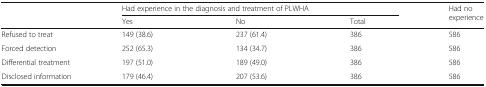
<table><thead><tr><td rowspan="2"></td><td colspan="3"><b>Had experience in the diagnosis and treatment of PLWHA</b></td><td rowspan="2"><b>Had no experience</b></td></tr><tr><td><b>Yes</b></td><td><b>No</b></td><td><b>Total</b></td></tr></thead><tbody><tr><td>Refused to treat</td><td>149 (38.6)</td><td>237 (61.4)</td><td>386</td><td>586</td></tr><tr><td>Forced detection</td><td>252 (65.3)</td><td>134 (34.7)</td><td>386</td><td>586</td></tr><tr><td>Differential treatment</td><td>197 (51.0)</td><td>189 (49.0)</td><td>386</td><td>586</td></tr><tr><td>Disclosed information</td><td>179 (46.4)</td><td>207 (53.6)</td><td>386</td><td>586</td></tr></tbody></table>